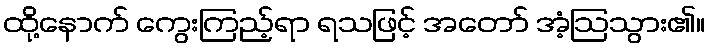
ထို့နောက် ကွေးကြည့်ရာ ရသဖြင့် အတော် အံ့ဩသွား၏။